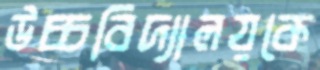
উচ্চবিদ্যালয়কে